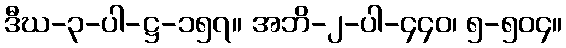
ဒီဃ-၃-ပါ-ဋ္ဌ-၁၅၇။ အဘိ-၂-ပါ-၄၄၀၊ ၅-၅၀၄။